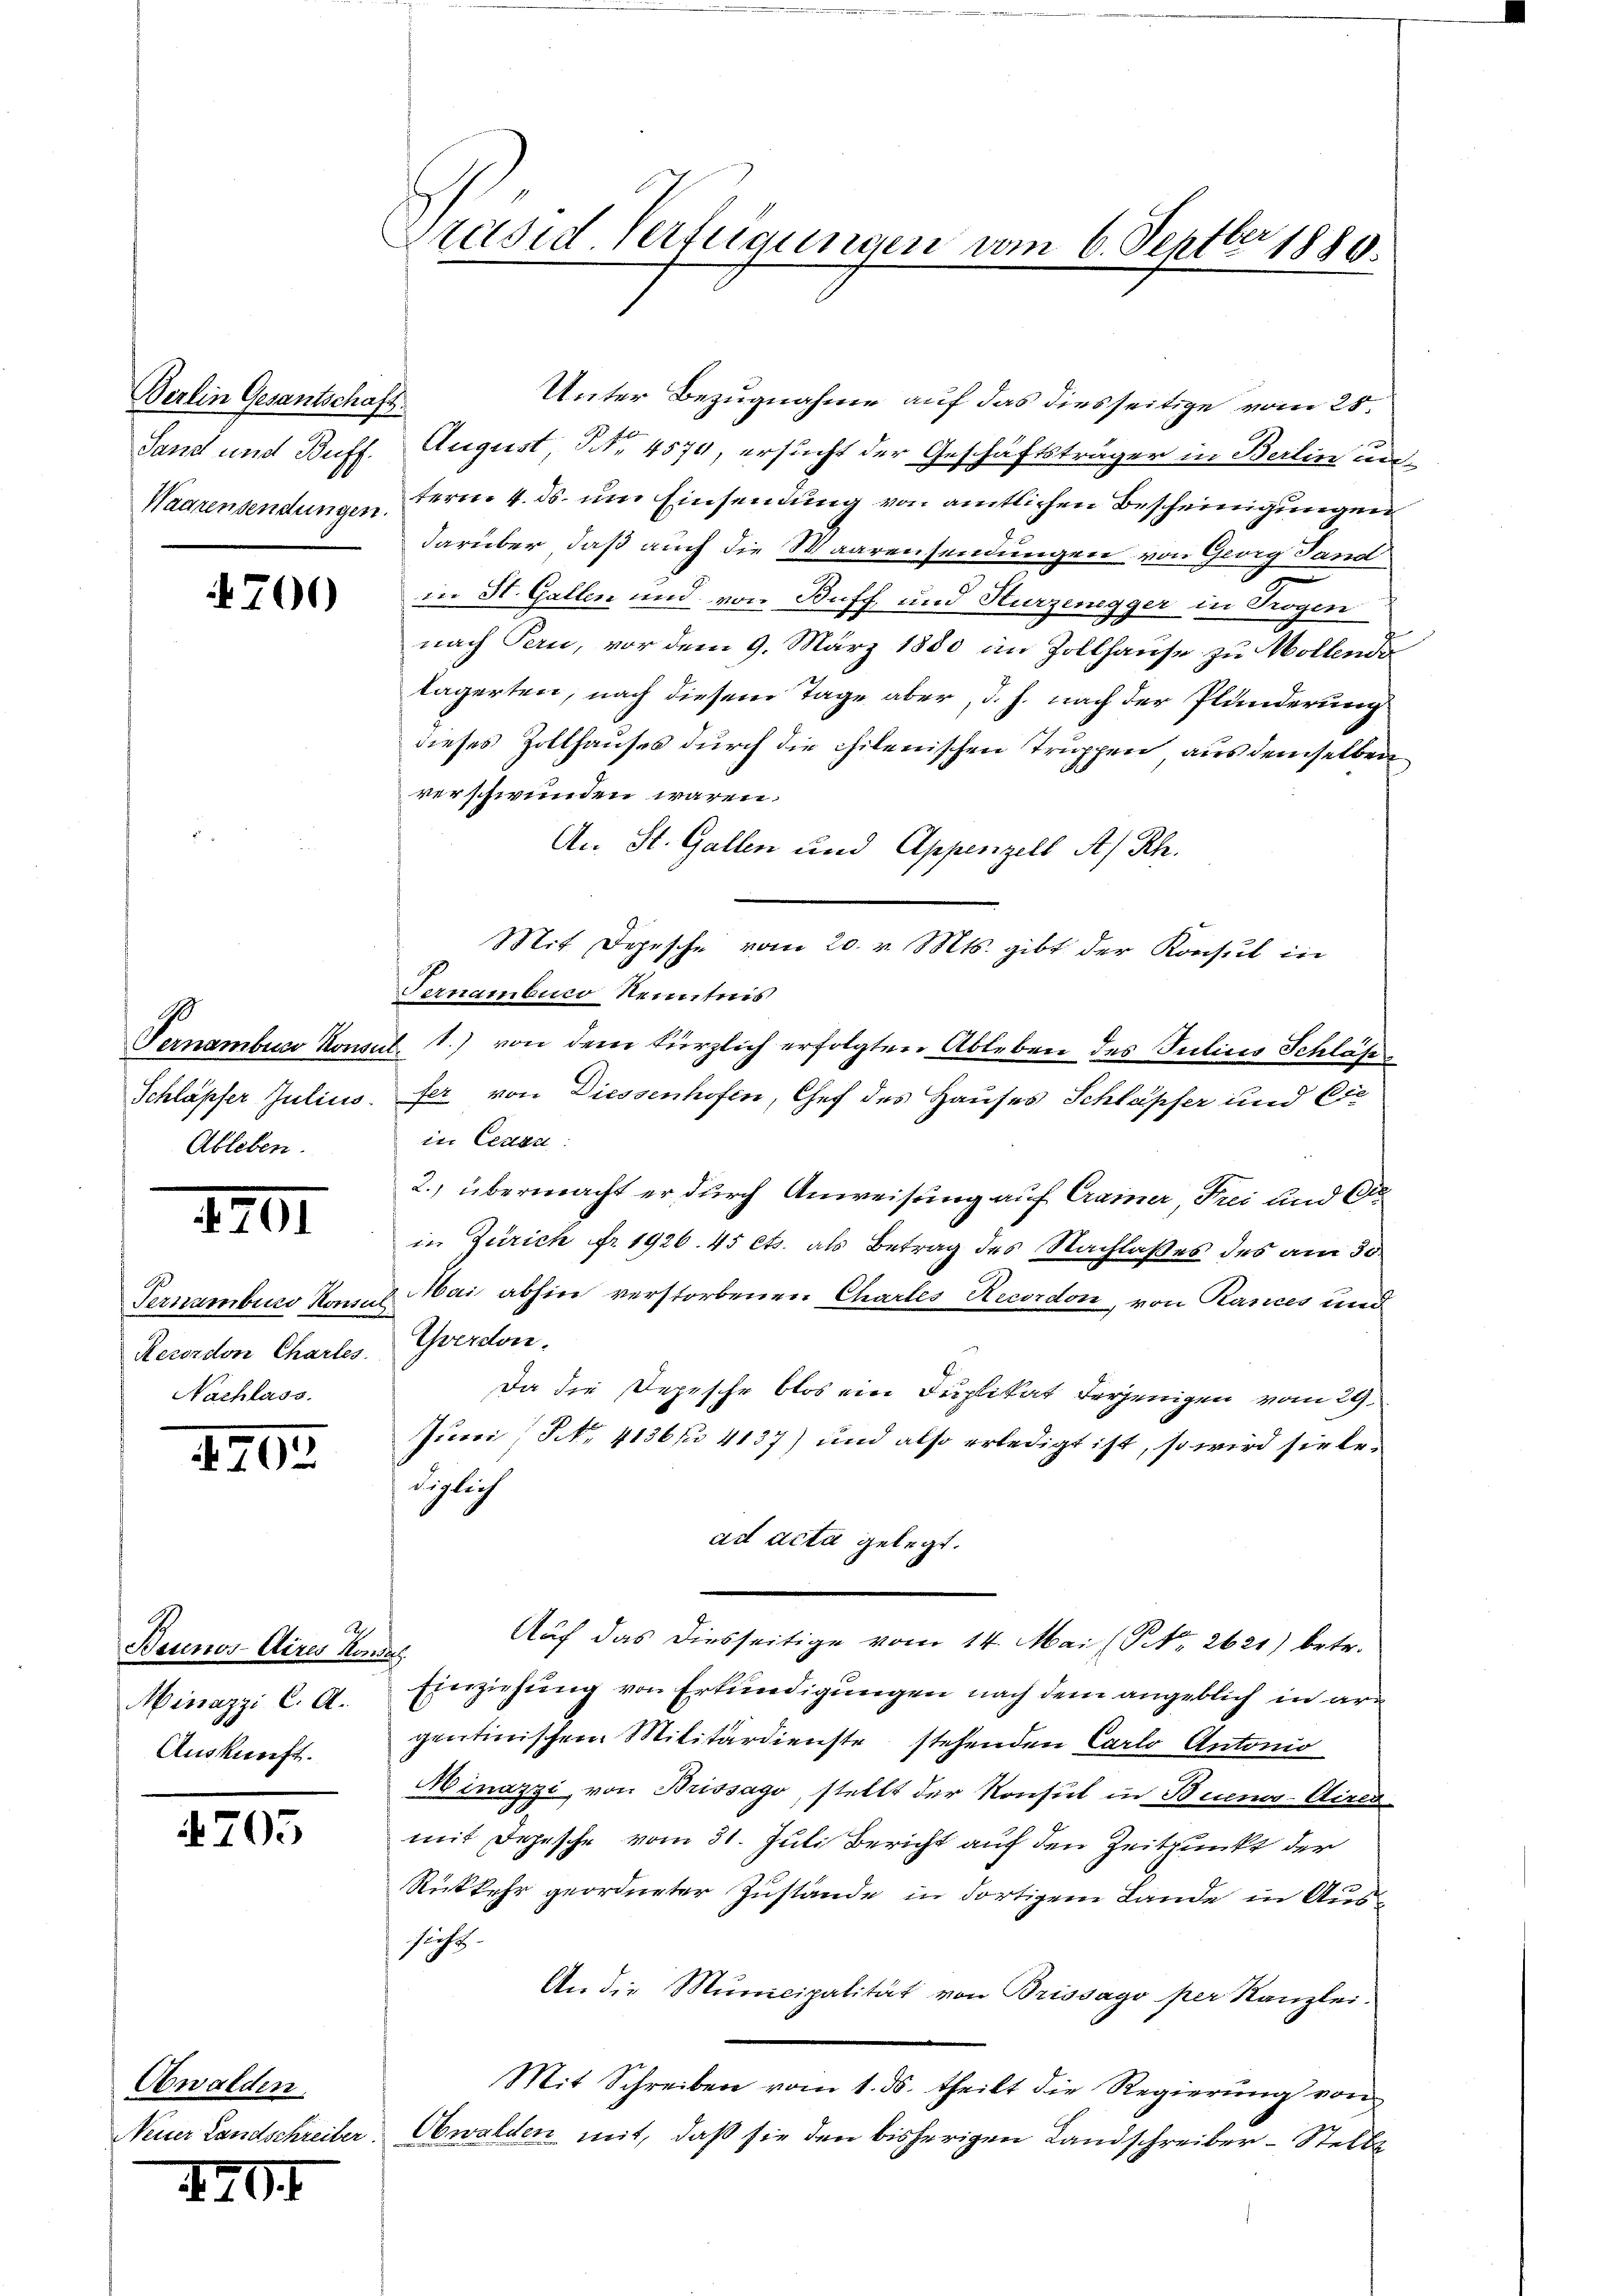
Berlin Gesantschaft.

701)

Pernamburg kom
Schläpfer Julius
Ableben.

IIII

Pernamburg Konsul
Recordon Chartes
Nachlass.

4702

Beunos-Aires Mondes
Minazzi C. A.
Auskunft.

705

Obwalden.

701

Präsid. Verfügungen vom 6. Septbr 1886.

Unter Bezugnahme auf das diesseitige vom 28.
Sand und Buff. August, NNo. 4570, ersucht der Geschäftsträger in Berlin un
Waarensendungen term 4. ds. um Einsendung von amtlichen Bescheinigungen
darüber, daß auch die Waarensendungen von Georg Land
in St. Gallen und von Buff, und Hurzenegger in Trogen
nach Pern, vor dem 9. März 1880 im Zollhause zu Wollends
lägerten, nach diesem Tage aber, d. h. nach der Plunderung
dieses Zollhauses durch die chilenischen Truppen, aus demselben
verschwunden wären.
An St. Gallen und Appenzell A/Rh.
Mit Depesche vom 20. v. Mts. gibt der Konsul in
Fernambuco Nenntnis
1.) von dem kürzlich erfolgten Ableben des Tuticis Schläß
auf
. fer von Diessenhofen, Chef des Hauses Schläpfer und Eie
in Ceden
2., übermacht er durch Anweisung auf Crainer, Frei und O
in Zürich fr. 1926. 45 cts. als Betrag des Nachlaßes des am 30.
Mai abhin verstorbenen Chartes Recordon, von Rances und
Yverdon.
Da die Depesche blos ein Duplikat derjenigen vom 29.
Jurei (S. 4136 f 4137) und also erledigt ist, so wird sie bediglich
ad acta gelegt.
A
Auf das diesseitige vom 14. Mai (PNo. 2621) betr.
Einziehung von Erkundigungen nach dem angeblich in argentinischem Militärdienste stehenden Carlo Antonio
Minazzi von Brissago, stellt der Konsul in Buenos-Airen
mit Depesche vom 31. Juli Bericht auf den Zeitpunkt der
Rückkehr geordneter Zustände in dortigem Lande in Aussicht.
An die Municipalität von Brissago per Kanzlei.
Mit Schreiben vom 1. ds. theilt die Regierŭng von
Neuer Landschreiber. Obwalden mit, daß sie den bisherigen Landschreiber-Stelle